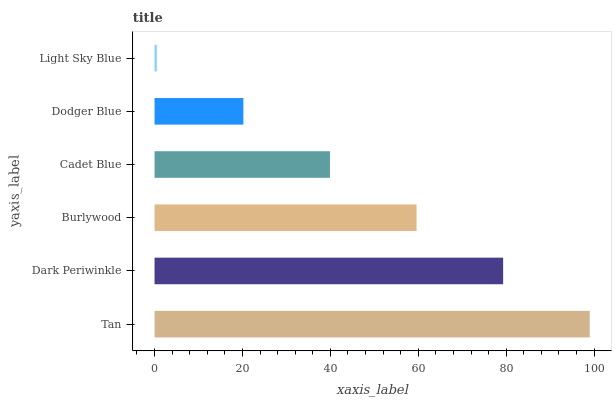
| yaxis_label | bars |
 | --- | --- |
 | Tan | 99 |
 | Dark Periwinkle | 79.3 |
 | Burlywood | 59.6 |
 | Cadet Blue | 39.9 |
 | Dodger Blue | 20.2 |
 | Light Sky Blue | 0.511 |